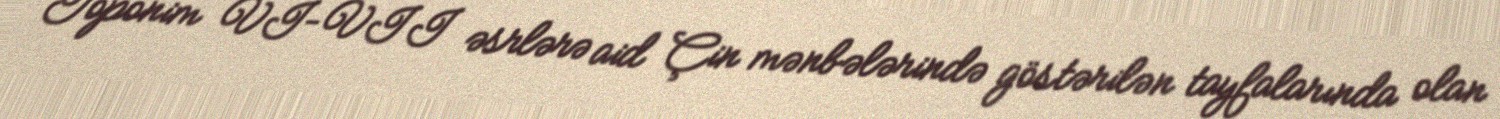
Toponim VI–VII əsrlərə aid Çin mənbələrində göstərilən tayfalarında olan